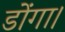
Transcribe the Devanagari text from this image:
डोंगा।